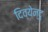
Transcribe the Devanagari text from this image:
दिव्येन्दु